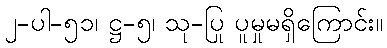
၂-ပါ-၅၁၊ ဋ္ဌ-၅၊ သု-ပြု ပူမှုမရှိကြောင်း။